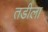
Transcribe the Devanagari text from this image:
तडीला